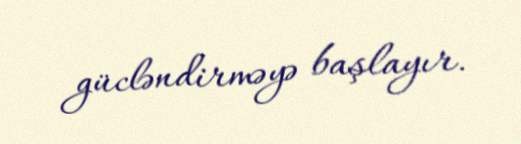
gücləndirməyə başlayır.